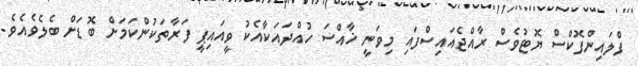
ފްލައިންފޮކްސް ޔޮޓުވެސް ރާއްޖެއައިސްފައި މިވަނީ ޚާއްސަ ހުއްދައަކާއެކު ވީއައިޕީ ފަރާތަކުންކަމަށް ބޮޑަށް ބެލެވެއެވެ.